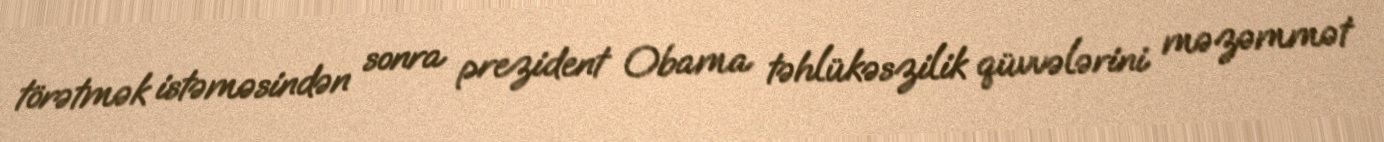
törətmək istəməsindən sonra prezident Obama təhlükəszilik qüvvələrini məzəmmət